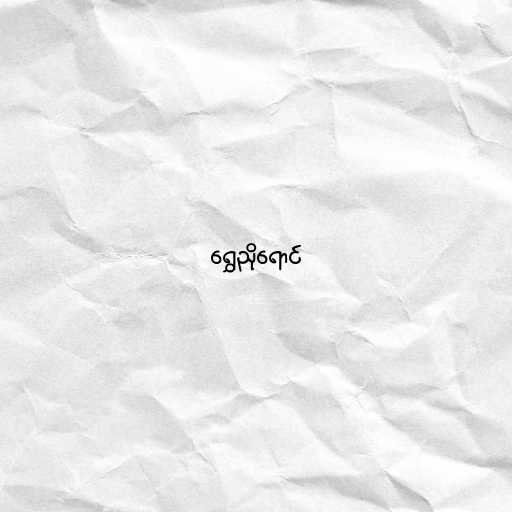
ရွှေညိုရောင်